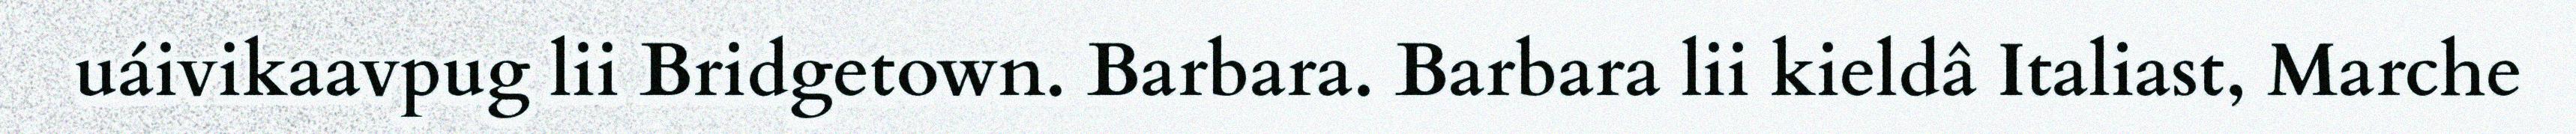
uáivikaavpug lii Bridgetown. Barbara. Barbara lii kieldâ Italiast, Marche